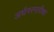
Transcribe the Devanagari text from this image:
अर्धनरनारीश्वर